Annual report of the Bengal Veterinary College and of the Civil Veterinary Department, Bengal, for the year 1914-1915 - 1914-1915
Year: 1914
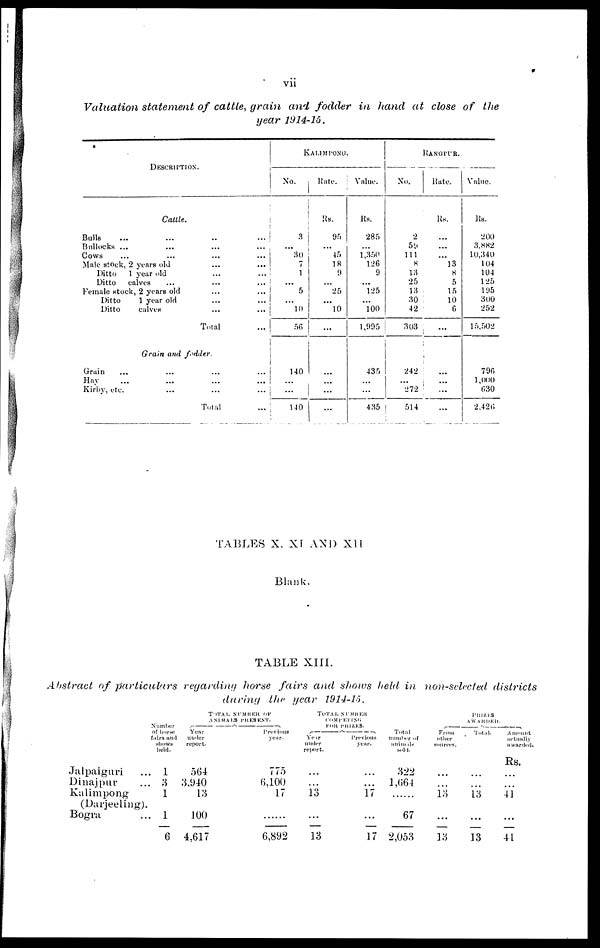
vii
Valuation statement of cattle, grain and fodder in hand at close of the
year 1914-15.
DESCRIPTION.
Cattle.
Bulls
...
...
...
...
Bullocks ...
...
...
...
Cows ... ... ... ...
Male stock, 2 years old
...
...
Ditto
1 year old
...
...
Ditto
calves
...
...
...
Female stock, 2 years old
...
...
Ditto
1 year old
...
...
Ditto
calves
...
...
Total
...
Grain and fodder.
Grain
...
...
...
...
Hay
...
...
...
...
Kirby, etc.
...
...
...
Total
... |
KALIMPONG.
No.
3
...
30
7
1
...
5
...
10
56
140
...
...
140
Kate.
Rs.
95
...
45
18
9
...
25
...
10
...
...
...
...
Value.
Rs.
285
...
1,350
126
9
...
125
...
100
1,995
435
...
...
435
RANGPUR.
No.
2
59
111
8
13
25
13
30
42
303
242
...
272
514
Rate.
Rs.
...
...
...
13
8
5
15
10
6
...
...
...
...
...
Value.
Rs.
200
3.882
10,340
104
104
125
195
300
252
15,502
790
1,000
630
2,420
TABLES X, XI AND XII
Blank.
TABLE XIII.
Abstract of particulars
regarding horse fairs and shows held in non-selected
districts
during
the year 1914-15.
Jalpaiguri
Dinajpur
Kalimpong
Number
of horse.
fairs and
shows
held.
... 1
... 3
1
(Darjeeling).
Bogra
... 1
6
TOTAL NUMBER OF
ANIMALS PRESENT.
Year
under
report.
564
3,940
13
100
4,617
Previous
year.
775
6,100
17
......
6,892
TOTAL NUMBER
COMPETING
FOR PRIZES.
Year
under
report.
...
...
13
...
13
Previous
year.
...
...
17
...
17
PRIZES
AWARDED.
Total
number of
animals
hold.
322
1,664
......
67
2,053
From
other
sources.
...
...
13
...
33
Total.
...
...
13
...
13
Amount
Rs.
...
...
41
...
41